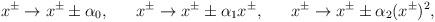
LaTeX: \begin{align*}x^{\pm}\rightarrow x^{\pm}\pm\alpha_0,~~~~~x^{\pm}\rightarrow x^{\pm}\pm\alpha_1x^{\pm},~~~~~x^{\pm}\rightarrow x^{\pm}\pm\alpha_2(x^{\pm})^2,\end{align*}